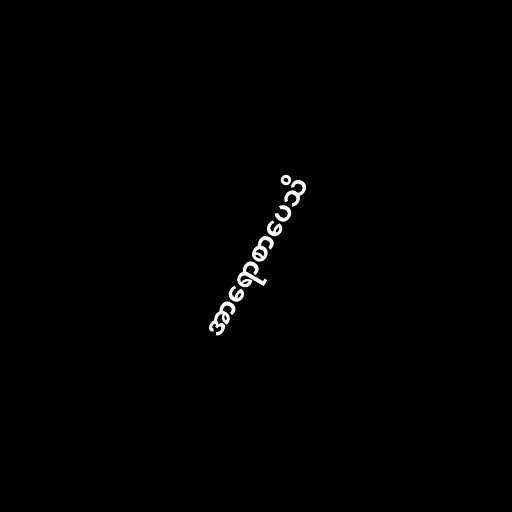
အာရောစာပေသိ